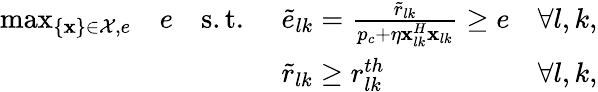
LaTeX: \begin{array}{rlrlr}{\operatorname*{max}_{\{ \mathbf{x}\} \in\mathcal{X},e}}&{e}&{\mathrm{s.t.}\, \, }&{\tilde{e}_{lk}=\frac{\tilde{r}_{lk}}{p_{c}+\eta\mathbf{x}_{lk}^{H}\mathbf{x}_{lk}}\geq e}&{\forall l,k,}\\ &{}&&{\tilde{r}_{lk}\geq r_{lk}^{th}}&{\forall l,k,}\end{array}